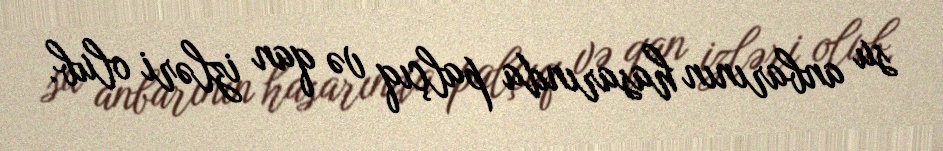
su anbarının hasarında palçıq və qan izləri olub.